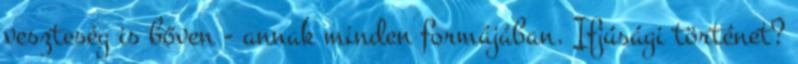
veszteség is bőven - annak minden formájában. Ifjúsági történet?